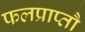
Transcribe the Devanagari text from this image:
फलप्राप्तौ